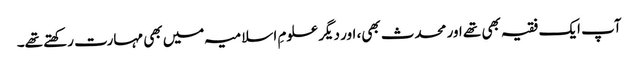
آپ ایک فقیہ بھی تھے اور محدث بھی، اور دیگر علومِ اسلامیہ میں بھی مہارت رکھتے تھے۔